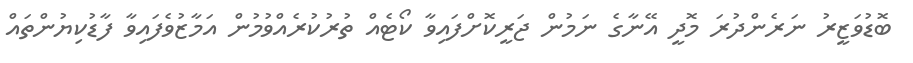
ބޮޑުވަޒީރު ނަރެންދުރަ މޮދީ އޭނާގެ ނަމުން ޖަރީކޮށްފައިވާ ކޯޓެއް ތުރުކުރެއްވުމުން އަމާޒުވެފައިވާ ފާޑުުކިޔުންތައް